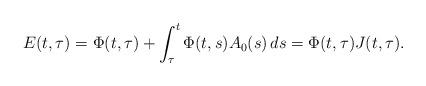
LaTeX: \begin{align*}E(t,\tau)= \Phi(t,\tau)+\int_{\tau}^{t}\Phi(t,s)A_{0}(s)\,ds=\Phi(t,\tau)J(t,\tau).\end{align*}